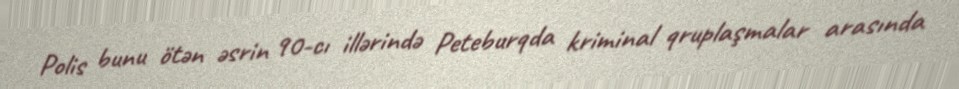
Polis bunu ötən əsrin 90-cı illərində Peteburqda kriminal qruplaşmalar arasında